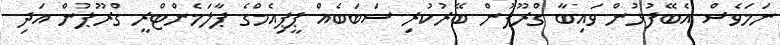
ނަމަވެސް އެބޭފުޅުން ވައިބާ ގްރޫޕުން ބޭރުކުރި ސަބަބެއް ޕީޕިއެމްގެ ޕާލަމެންޓްރީ ގްރޫޕުން އަދި